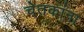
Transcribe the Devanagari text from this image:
चेतकांना